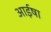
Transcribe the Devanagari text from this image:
आईषा